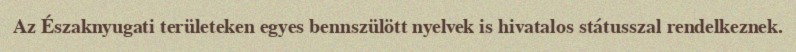
Az Északnyugati területeken egyes bennszülött nyelvek is hivatalos státusszal rendelkeznek.